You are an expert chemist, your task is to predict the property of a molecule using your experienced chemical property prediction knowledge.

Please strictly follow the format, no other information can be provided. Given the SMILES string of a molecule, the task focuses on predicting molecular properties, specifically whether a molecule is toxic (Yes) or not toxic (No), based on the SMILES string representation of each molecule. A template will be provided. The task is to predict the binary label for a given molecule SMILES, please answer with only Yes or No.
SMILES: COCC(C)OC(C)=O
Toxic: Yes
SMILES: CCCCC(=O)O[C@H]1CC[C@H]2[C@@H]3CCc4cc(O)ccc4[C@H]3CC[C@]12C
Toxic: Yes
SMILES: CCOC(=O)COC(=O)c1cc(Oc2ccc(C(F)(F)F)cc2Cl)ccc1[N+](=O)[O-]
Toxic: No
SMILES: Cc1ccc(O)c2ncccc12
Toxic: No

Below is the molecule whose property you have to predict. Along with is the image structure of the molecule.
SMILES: N#C[N-]C#N
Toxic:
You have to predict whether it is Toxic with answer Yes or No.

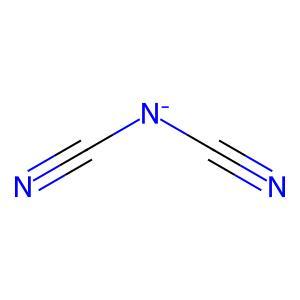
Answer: No